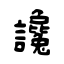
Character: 讒